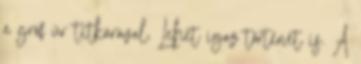
a gróf úr titkárával. Lehet igaz történet is. A